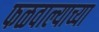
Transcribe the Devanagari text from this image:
फळवाल्याच्या